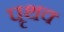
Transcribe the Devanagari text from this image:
पृथक्‍